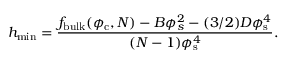
h _ { \mathrm { m i n } } = \frac { f _ { \mathrm { b u l k } } ( \phi _ { \mathrm { c } } , N ) - B \phi _ { s } ^ { 2 } - ( 3 / 2 ) D \phi _ { \mathrm { s } } ^ { 4 } } { ( N - 1 ) \phi _ { \mathrm { s } } ^ { 4 } } .